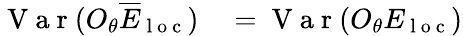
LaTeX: \begin{array}{rl}{\mathrm{~V~a~r~}(O_{\theta}\overline{{E}}_{\mathrm{~l~o~c~}})}&{{}=\mathrm{~V~a~r~}(O_{\theta}E_{\mathrm{~l~o~c~}})}\end{array}